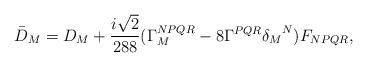
LaTeX: \begin{align*}{\bar D}_M=D_M+\frac{i\sqrt{2}}{288}(\Gamma^{NPQR}_M-8\Gamma^{PQR}{\delta_M}^N)F_{NPQR},\end{align*}